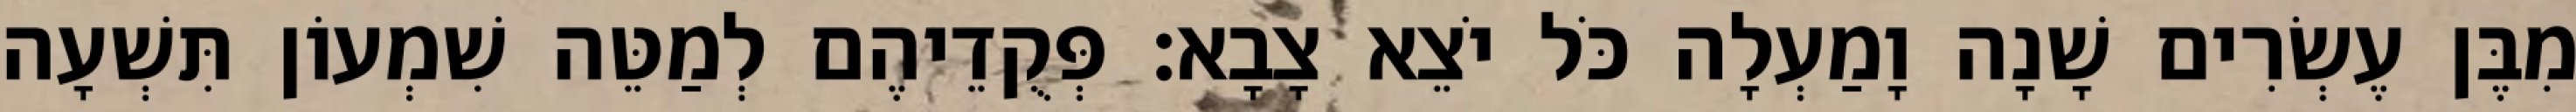
מִבֶּן עֶשְׂרִים שָׁנָה וָמַעְלָה כֹּל יֹצֵא צָבָא׃ פְּקֻדֵיהֶם לְמַטֵּה שִׁמְעוֹן תִּשְׁעָה